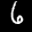
Digit: 6